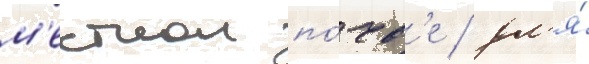
м'естнои по́чв'е / дл'я́